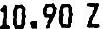
10.90 Z